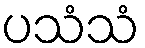
ပသံသံ